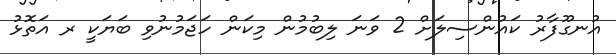
އުނގޫފާރު ކައުންސިލަށް 2 ވަނަ ލިބުމުން މިކަން ހަޖަމުނުވި ބަޔަކީ ރ އަތޮޅު